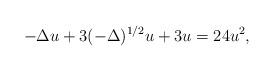
LaTeX: \begin{align*} -\Delta u +3 (-\Delta)^{1/2}u +3u =24 u^2,\end{align*}